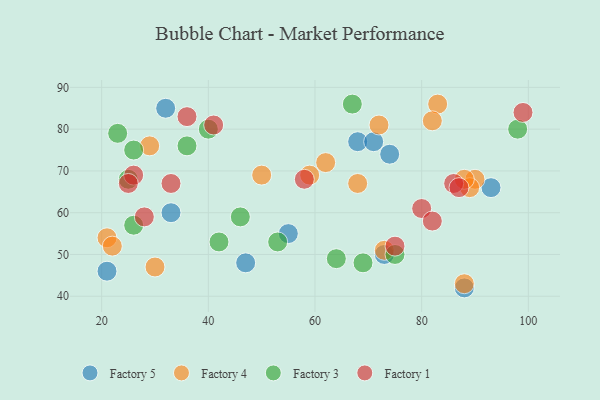
{"axis": {"x": "GDP", "y": "Life Expectancy"}, "legend": ["Factory 1", "Factory 3", "Factory 4", "Factory 5"], "data": [{"x": "73", "y": 50, "type": "Factory 5"}, {"x": "33", "y": 60, "type": "Factory 5"}, {"x": "74", "y": 74, "type": "Factory 5"}, {"x": "68", "y": 77, "type": "Factory 5"}, {"x": "21", "y": 46, "type": "Factory 5"}, {"x": "71", "y": 77, "type": "Factory 5"}, {"x": "88", "y": 42, "type": "Factory 5"}, {"x": "32", "y": 85, "type": "Factory 5"}, {"x": "55", "y": 55, "type": "Factory 5"}, {"x": "93", "y": 66, "type": "Factory 5"}, {"x": "47", "y": 48, "type": "Factory 5"}, {"x": "68", "y": 67, "type": "Factory 4"}, {"x": "83", "y": 86, "type": "Factory 4"}, {"x": "72", "y": 81, "type": "Factory 4"}, {"x": "59", "y": 69, "type": "Factory 4"}, {"x": "30", "y": 47, "type": "Factory 4"}, {"x": "88", "y": 43, "type": "Factory 4"}, {"x": "73", "y": 51, "type": "Factory 4"}, {"x": "90", "y": 68, "type": "Factory 4"}, {"x": "21", "y": 54, "type": "Factory 4"}, {"x": "22", "y": 52, "type": "Factory 4"}, {"x": "62", "y": 72, "type": "Factory 4"}, {"x": "89", "y": 66, "type": "Factory 4"}, {"x": "82", "y": 82, "type": "Factory 4"}, {"x": "50", "y": 69, "type": "Factory 4"}, {"x": "29", "y": 76, "type": "Factory 4"}, {"x": "88", "y": 68, "type": "Factory 4"}, {"x": "26", "y": 57, "type": "Factory 3"}, {"x": "42", "y": 53, "type": "Factory 3"}, {"x": "75", "y": 50, "type": "Factory 3"}, {"x": "25", "y": 68, "type": "Factory 3"}, {"x": "40", "y": 80, "type": "Factory 3"}, {"x": "64", "y": 49, "type": "Factory 3"}, {"x": "36", "y": 76, "type": "Factory 3"}, {"x": "69", "y": 48, "type": "Factory 3"}, {"x": "53", "y": 53, "type": "Factory 3"}, {"x": "98", "y": 80, "type": "Factory 3"}, {"x": "23", "y": 79, "type": "Factory 3"}, {"x": "26", "y": 75, "type": "Factory 3"}, {"x": "46", "y": 59, "type": "Factory 3"}, {"x": "67", "y": 86, "type": "Factory 3"}, {"x": "99", "y": 84, "type": "Factory 1"}, {"x": "26", "y": 69, "type": "Factory 1"}, {"x": "36", "y": 83, "type": "Factory 1"}, {"x": "25", "y": 67, "type": "Factory 1"}, {"x": "86", "y": 67, "type": "Factory 1"}, {"x": "28", "y": 59, "type": "Factory 1"}, {"x": "58", "y": 68, "type": "Factory 1"}, {"x": "33", "y": 67, "type": "Factory 1"}, {"x": "75", "y": 52, "type": "Factory 1"}, {"x": "87", "y": 66, "type": "Factory 1"}, {"x": "41", "y": 81, "type": "Factory 1"}, {"x": "80", "y": 61, "type": "Factory 1"}, {"x": "82", "y": 58, "type": "Factory 1"}]}